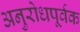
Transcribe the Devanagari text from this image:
अनुरोधपूर्वक